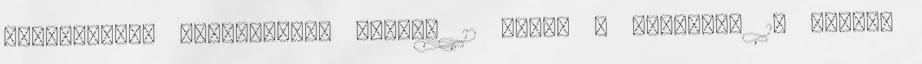
karcolatok, gondolatok, mesék, 12 Napló - életrajz 16 Ünnep: